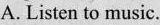
A. Listen to music.